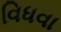
વિધવા